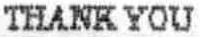
THANK YOU